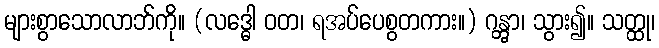
များစွာသောလာဘ်ကို။ (လဒ္ဓေါ ဝတ၊ ရအပ်ပေစွတကား။) ဂန္တွာ၊ သွား၍။ သတ္ထု၊